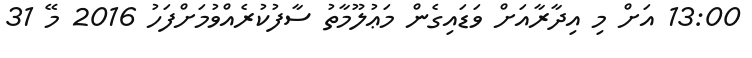
13:00 އަށް މި އިދާރާއަށް ވަޑައިގެން މަޢުލޫމާތު ސާފުކުރެއްވުމަށްފަހު 2016 މޭ 31